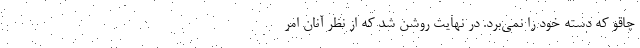
چاقو که دسته خود را نمی‌بُرَد. در نهایت روشن شد که از نظر آنان امر